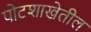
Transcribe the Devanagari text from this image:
पोटशाखेतील